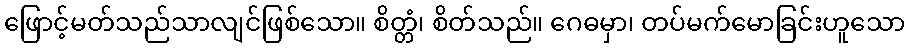
ဖြောင့်မတ်သည်သာလျင်ဖြစ်သော။ စိတ္တံ၊ စိတ်သည်။ ဂေဓမှာ၊ တပ်မက်မောခြင်းဟူသော